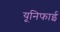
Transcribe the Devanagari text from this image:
यूनिफाई